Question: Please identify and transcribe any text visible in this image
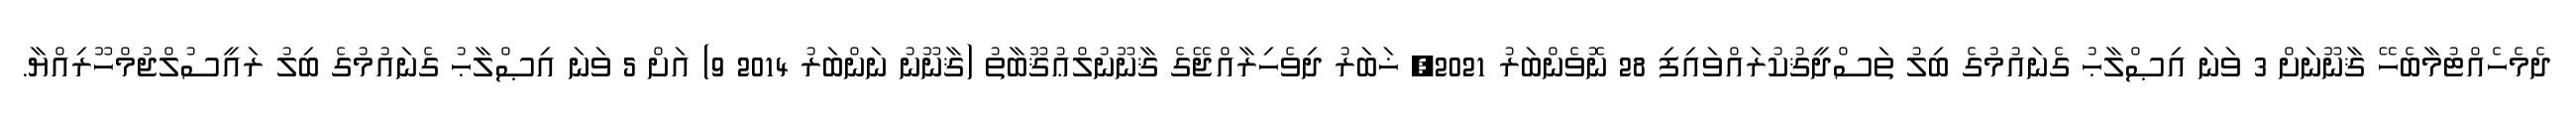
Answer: ދެމެހެއްޓުމާބެހޭ ޤާނޫނަށް 3 ވަނަ އިޞްލާޙު ގެނައުމުގެ ބިލު ތަސްދީޤުކުރައްވައިފި 28 ނޮވެންބަރު 2021, ޚަބަރު ދިވެހިރާއްޖޭގެ ޤާނޫނުލްޢުޤޫބާތު (ޤާނޫނު ނަންބަރު 2014 9) އަށް 5 ވަނަ އިޞްލާޙު ގެނައުމުގެ ބިލު ރައީސުލްޖުމްހޫރިއްޔާ.